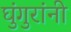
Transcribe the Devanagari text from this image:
घुंगुरांनी